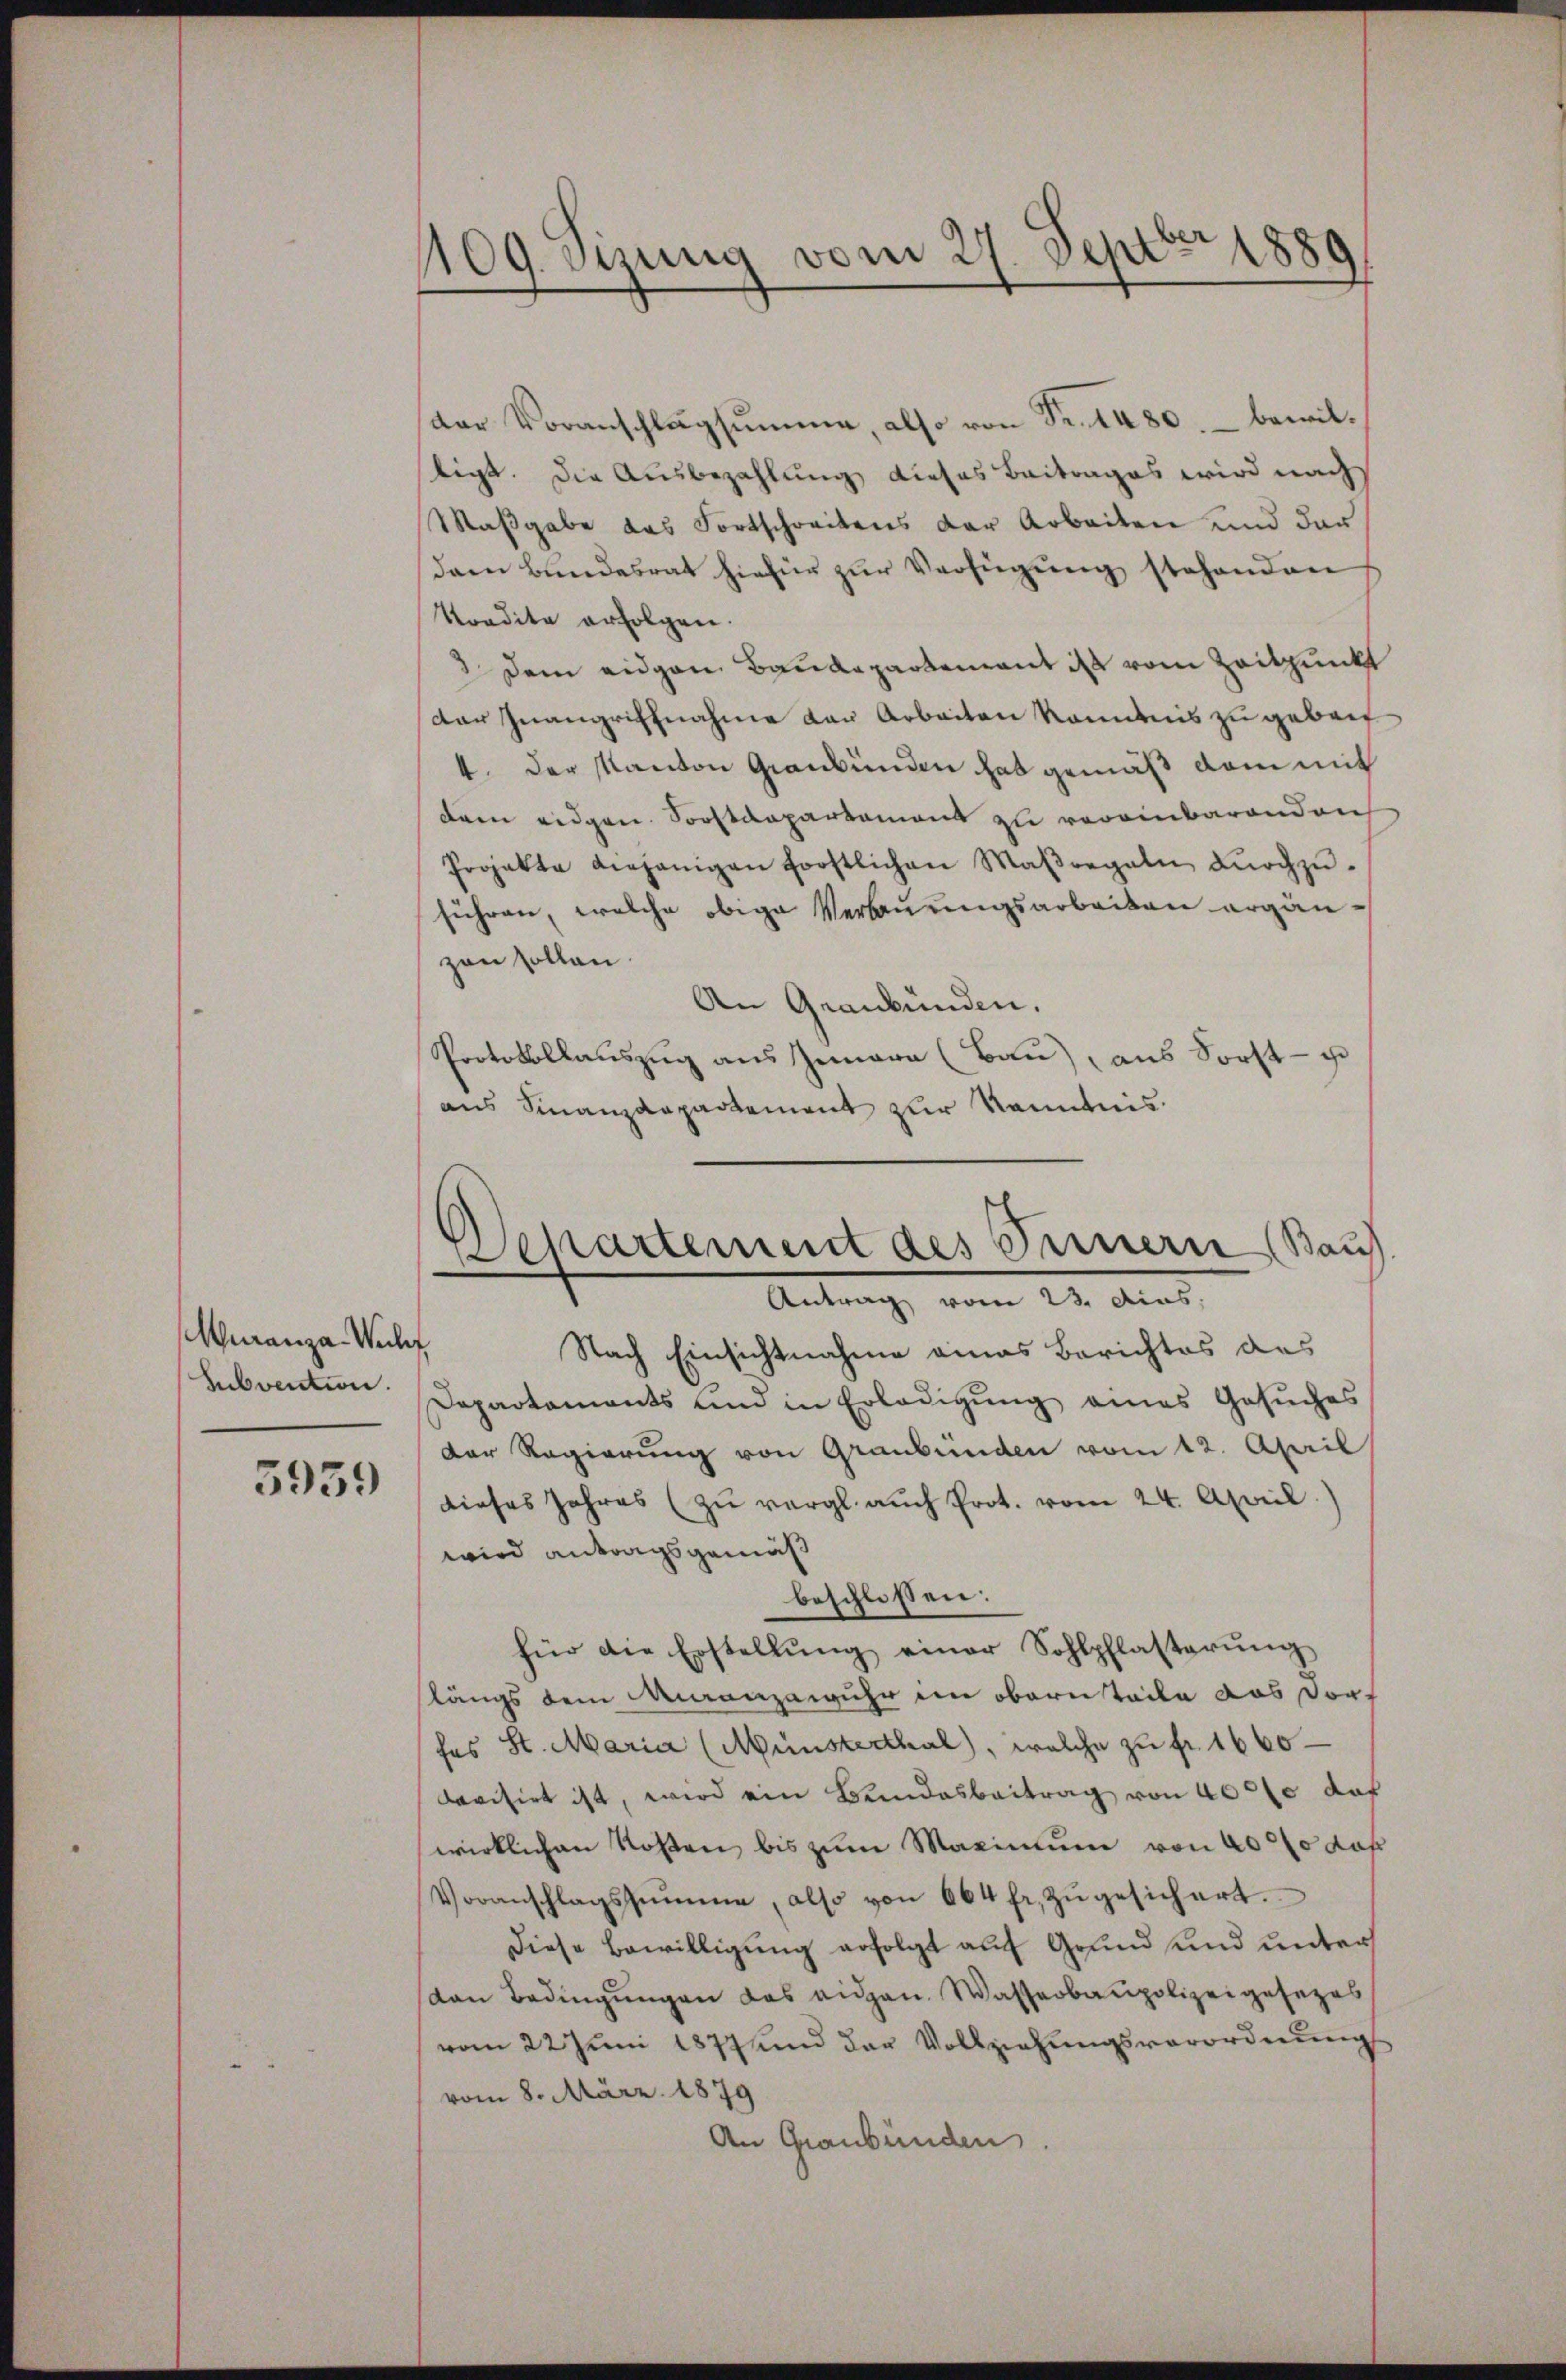
Muranza-Wucher
Subvention.
5959

109. Sizung vom 27. Septbr 1889

der Voranschlagsumme, also von Fr. 1480, – bewiltigt. Die Ausbezahlung dieses Beitrages wird nach
Maßgabe das Fortschreitens der Arbeiten und der
dam Bundesrat hiefür zŭr Verfügung stehenden
Kordite erfolgen.
 Dem eidgen Baudepartement ist vom Zeitpunkt
Dar Inangriffnahme der Arbeiten Randnis zu gebrit
4. Der Kanton Graubünden hat gemäß dem mit
dam eidgen. Sonstdepartement zu vereinbarenden
Projekte diejenigen forstlichen Maßregeln dŭrchzŭ-
führen, welche obige Verbauungsarbeiten ergänzen sollen.
An Graubünden.
Protokollauszug aus Innern (Bau), aus Sorst- u
aus Finanzdepartement zur Kenntnis.
Nach Einsichtnahme eines Berichtes des
Departaments und in Erledigŭng eines Gesŭches
Der Regierung von Graubünden vom 12. April
dieses Jahres (zŭ vergl. auch Prot. vom 24. April.
wird antragsgemäß
beschlossen:
für die Erstellŭng einer Sohlpflasterŭng
flängs dem Maanzawuhr im obern Teile das Dorf
hes St. Maria (Münsterthal), welche zu fr. 1660
devisirt ist, wird ein Bundesbeitrag von 400 le das
wirklichen Kosten bis zum Maximum von 400 fo daß
Voranschlagssumme, also von 664 fr. zŭgesichert.
Diese Bewilligung erfolgt auf Grund und unters
(von Bedingungen das eidgen. Wasserbaupolizeigesezes
vom 22 Juni 1877 und der Vollziehungsverordnung
vom 8. März 1879
An Graubünden

.
Departement des Innern (Bauf
Antrag vom 23. dies